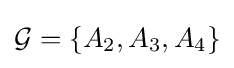
{\mathcal {G}}=\{A_{2},A_{3},A_{4}\}